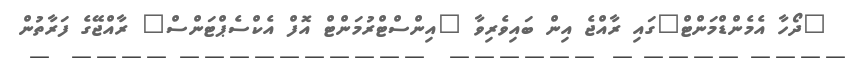
"ދޯހާ އެމެންޑްމަންޓް"ގައި ރާއްޖެ އިން ބައިވެރިވާ "އިންސްޓްރުމަންޓް އޮފް އެކްސެޕްޓަންސް" ރާއްޖޭގެ ފަރާތުން